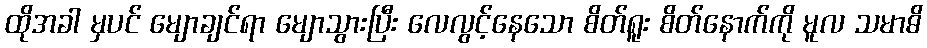
ထိုအခါ မှပင် မျောချင်ရာ မျောသွားပြီး လေလွင့်နေသော စိတ်ရူး စိတ်နောက်ကို မူလ သမာဓိ